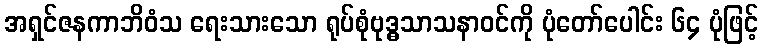
အရှင်ဇနကာဘိဝံသ ရေးသားသော ရုပ်စုံဗုဒ္ဓသာသနာဝင်ကို ပုံတော်ပေါင်း ၆၄ ပုံဖြင့်